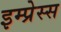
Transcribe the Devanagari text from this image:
इम्प्रेस्स